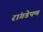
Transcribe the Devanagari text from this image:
रांगडेपण